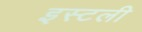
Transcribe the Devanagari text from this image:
इस्टली